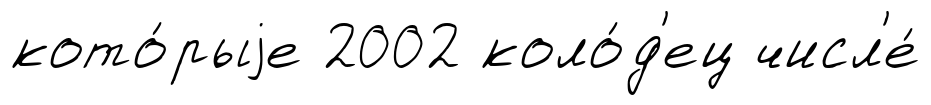
кото́рыjе 2002 коло́д'ец числ'е́